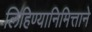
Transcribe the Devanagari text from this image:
लिहिण्यानिमित्ताने